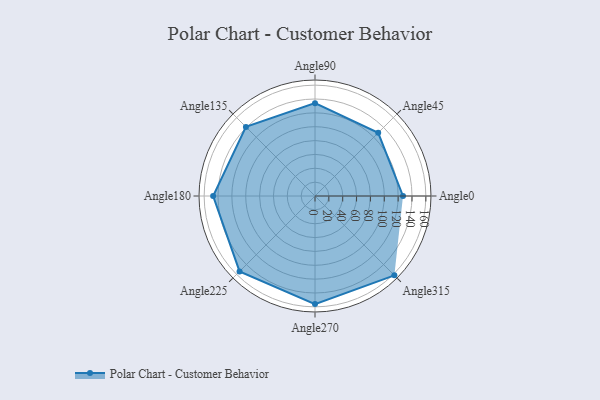
{"axis": {"x": "Angle", "y": "Radius"}, "legend": [""], "data": [{"x": "Angle0", "y": 127.0, "type": ""}, {"x": "Angle45", "y": 129.0, "type": ""}, {"x": "Angle90", "y": 134.0, "type": ""}, {"x": "Angle135", "y": 141.0, "type": ""}, {"x": "Angle180", "y": 147.0, "type": ""}, {"x": "Angle225", "y": 154.0, "type": ""}, {"x": "Angle270", "y": 156.0, "type": ""}, {"x": "Angle315", "y": 162.0, "type": ""}]}